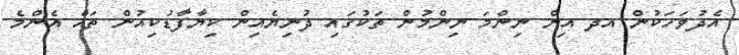
އެދުވަހަކުން އދ އިން ނިންމަ ނިންމުން ތަކުގައި ދުނިޔެއިން ކިޔާފާޑުކިއުން ތައް އެންމެ